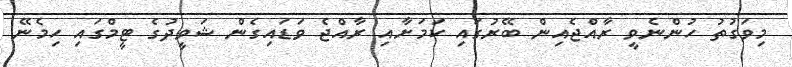
މިވަގުތު ހުންނެވީ ރާއްޖެއިން ބޭރުގައި ކަމަށާއި ރާއްޖެ ވަޑައިގެން ޝަވީދުގެ ޓީމްގައި ހިމެނޭ